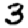
Digit: 3